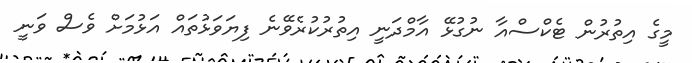
މީގެ އިތުރުން ޓެކްސްއާ ނުގުޅޭ އާމްދަނީ އިތުރުކުރެވޭނެ ފިޔަވަޅުތައް އަޅުމަށް ވެސް ވަނީ